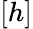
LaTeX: [h]